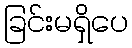
ခြင်းမရှိပေ